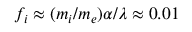
f _ { i } \approx ( m _ { i } / m _ { e } ) \alpha / \lambda \approx 0 . 0 1